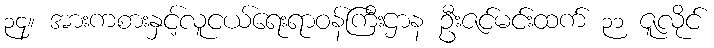
၃၄။ အားကစားနှင့်လူငယ်ရေးရာဝန်ကြီးဌာန ဦးဇင်မင်းထက် ၃၁ ဇူလိုင်